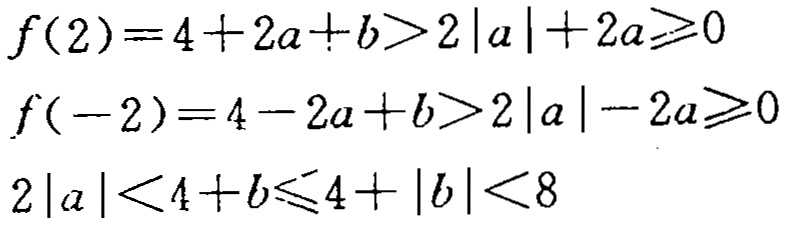
\[
\begin{align*}
f(2)&=4 + 2a + b>2|a|+2a\geqslant0\\
f(-2)&=4 - 2a + b>2|a|-2a\geqslant0\\
2|a|&<4 + b\leqslant4+|b|<8
\end{align*}
\]